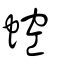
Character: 𧌆